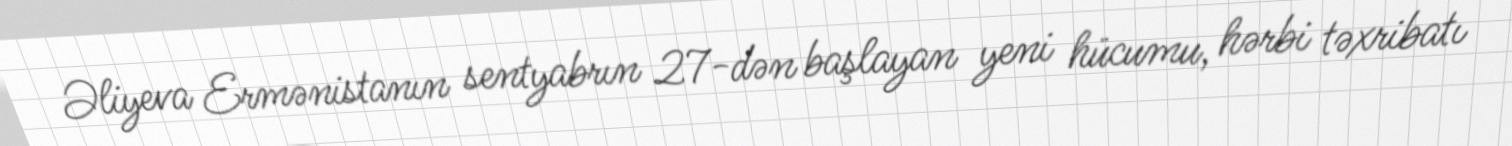
Əliyeva Ermənistanın sentyabrın 27-dən başlayan yeni hücumu, hərbi təxribatı